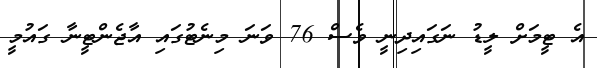
އެ ޓީމަށް ލީޑު ނަގައިދިނީ ވެސް 76 ވަނަ މިނެޓުގައި އާޖެންޓީނާ ގައުމީ